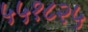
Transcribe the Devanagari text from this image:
५५१८२५